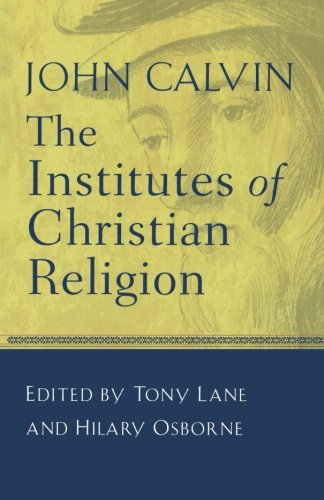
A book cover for The Institutes of Christian Religion; John Calvin; Christian Books & Bibles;